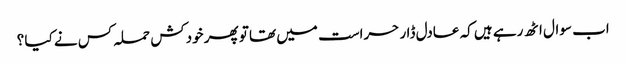
اب سوال اٹھ رہے ہیں کہ عادل ڈار حراست میں تھا تو پھر خودکش حملہ کس نے کیا ؟